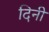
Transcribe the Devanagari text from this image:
दिनी